Standards of the constituents of the urine and blood and the bearing of the metabolism of Bengalis on the problems of nutrition - Number 34
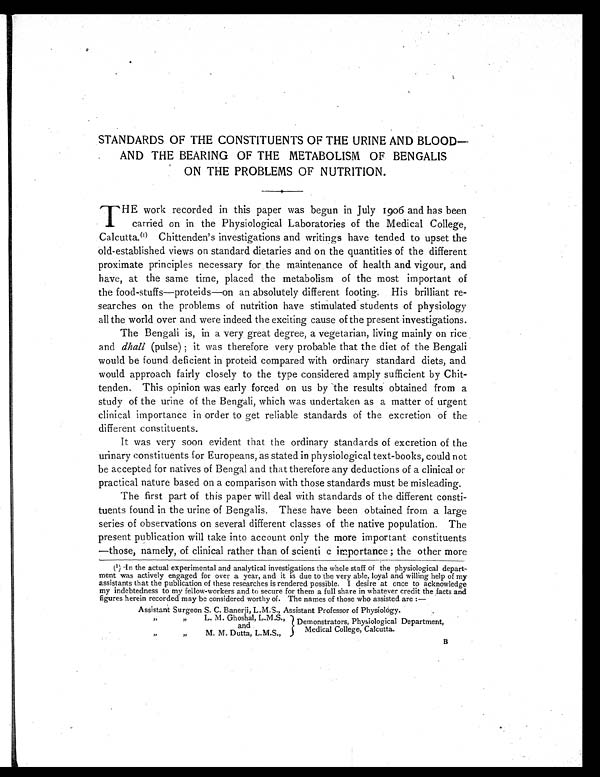
STANDARDS OF THE CONSTITUENTS OF THE URINE AND
BLOOD– AND THE BEARING OF THE METABOLISM OF BENGALIS
ON THE PROBLEMS OF NUTRITION.
T HE work recorded in this paper was begun in July 1906 and has been
carried on in the Physiological Laboratories of the Medical College,
Calcutta.(1) Chittenden's investigations and writings have tended to upset the
old-established views on standard dietaries and on the quantities of the different
proximate principles necessary for the maintenance of health and vigour, and
have, at the same time, placed the metabolism of the most important of
the food-stuffs—proteids—on an absolutely different footing. His brilliant re-
searches on the problems of nutrition have stimulated students of physiology
all the world over and were indeed the exciting cause of the present investigations.
The Bengali is, in a very great degree, a vegetarian, living mainly on rice
and dhall (pulse) ; it was therefore very probable that the diet of the Bengali
would be found deficient in proteid compared with ordinary standard diets, and
would approach fairly closely to the type considered amply sufficient by Chit-
tenden. This opinion was early forced on us by the results obtained from a
study of the urine of the Bengali, which was undertaken as a matter of urgent
clinical importance in order to get reliable standards of the excretion of the
different constituents.
It was very soon evident that the ordinary standards of excretion of the
urinary constituents for Europeans, as stated in physiological text-books, could not
be accepted for natives of Bengal and that therefore any deductions of a clinical or
practical nature based on a comparison with those standards must be misleading.
The first part of this paper will deal with standards of the different consti-
tuents found in the urine of Bengalis. These have been obtained from a large
series of observations on several different classes of the native population. The
present publication will take into account only the more important constituents
—those, namely, of clinical rather than of scienti c importance ; the other more
( 1 ) — I n t h e a c t u a l e x p e r i m e n t a l a n d a n a l y t i c a l i n v e s t i g a t i o n s t h e w h o l e s t a f f o f t h e p h y s i o l o g i c a l
d e p a r t m e n t w a s a c t i v e l y e n g a g e d f o r o v e r a y e a r , a n d i t i s d u e t o t h e v e r y a b l e , l o y a l a n d w i l l i n g h e l p o f m y
assistants that the publication of these researches is rendered possible. I desire at once to acknowledge
my indebtedness to my fellow-workers and to secure for them a full share in whatever credit the facts and
figures herein recorded may be considered worthy of. The names of those who assisted are :—
Assistant Surgeon S. C. Banerji, L.M.S., Assistant Professor of Physiology.
" " L. M. Ghos ha l , L. M. S. , Demonstrators, Physiological Department,
and
Medical College, Calcutta.
" " M. M. Dutta. L..M.S..